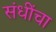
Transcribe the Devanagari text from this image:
संधींचा